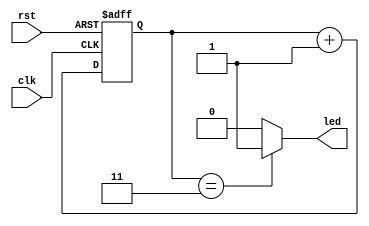
module exercise_1(
input clk,rst,
output led
);
reg [1:0] cnt1;
reg [1:0] cnt;
//
always @(*)
begin
    cnt1 = cnt + 2'b1;
end
//
always @(posedge clk or posedge rst)
begin
    if(rst)
        cnt <= 2'b0;
    else
        cnt <= cnt1;
end
//
assign led = (cnt == 2'b11)? 1'b1 : 1'b0;
endmodule